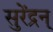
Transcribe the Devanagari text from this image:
सुरेंद्रन्